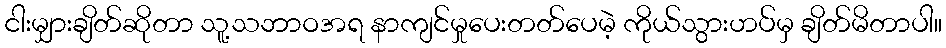
ငါးမျှားချိတ်ဆိုတာ သူ့သဘာဝအရ နာကျင်မှုပေးတတ်ပေမဲ့ ကိုယ်သွားဟပ်မှ ချိတ်မိတာပါ။